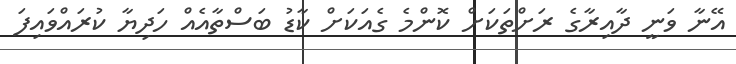
އޭނާ ވަނީ ދާއިރާގެ ރަށްތަކަށް ކޮންމެ ގެއަކަށް ކާޑު ބަސްތާއެއް ހަދިޔާ ކުރައްވައިފަ